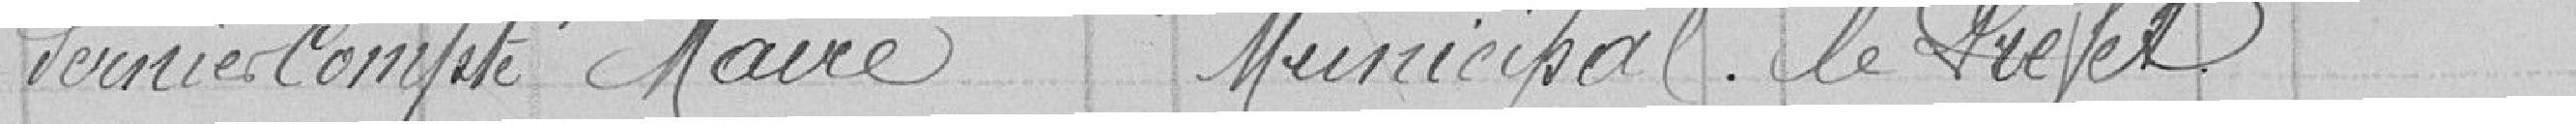
dernier compte Maire Municipal le Préfet